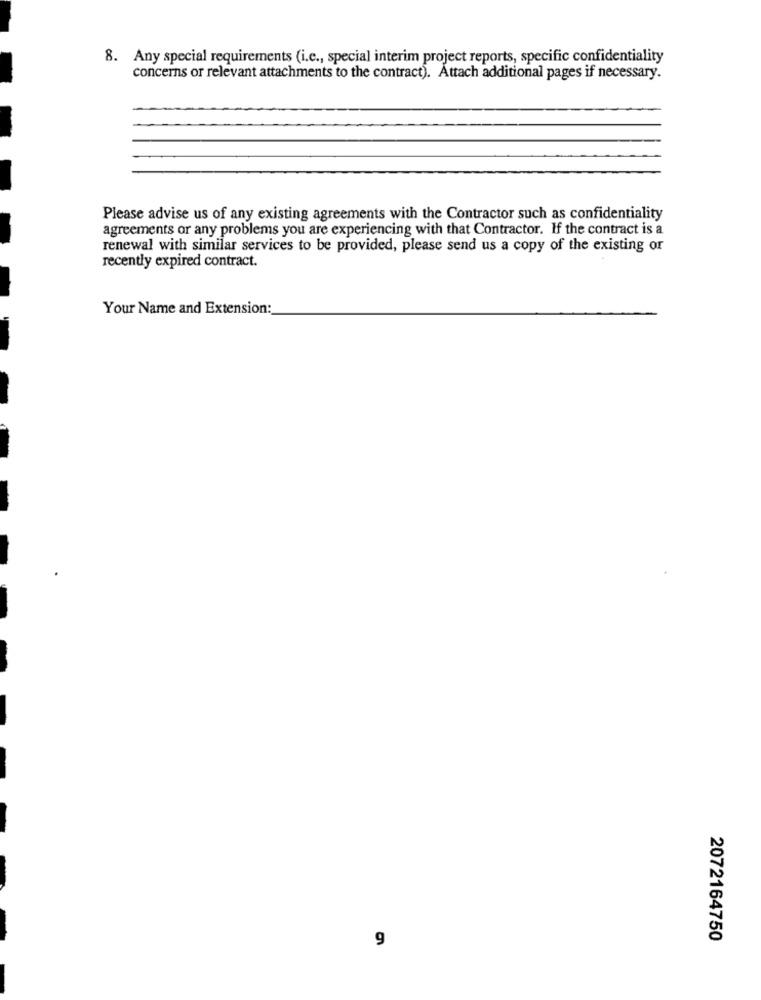
8. Any special requirements (i.e ., special interim project reports, specific confidentiality
concerns or relevant attachments to the contract). Attach additional pages if necessary.
Please advise us of any existing agreements with the Contractor such as confidentiality
agreements or any problems you are experiencing with that Contractor. If the contract is a
renewal with similar services to be provided, please send us a copy of the existing or
recently expired contract.
Your Name and Extension:
9
2072164750